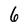
Character: 6